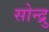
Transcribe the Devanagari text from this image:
सोन्द्रु